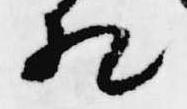
相